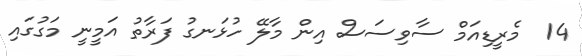
14  މެރީޑިއަމް ސާވިސަސް އިން މާލޭ ހުޅަނގު ފަރާތު އަމީނީ މަގުގައި